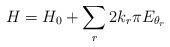
LaTeX: \begin{align*}H=H_0+\sum_r 2k_r\pi E_{\theta_r}\end{align*}